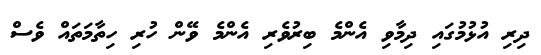
ދިރި އުޅުމުގައި ދިމާވި އެންމެ ބިރުވެރި އެންމެ ވޭން ހުރި ހިތާމަތައް ވެސް